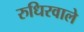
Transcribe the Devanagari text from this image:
रुधिरवाले